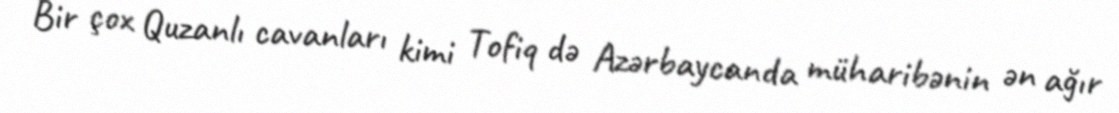
Bir çox Quzanlı cavanları kimi Tofiq də Azərbaycanda müharibənin ən ağır